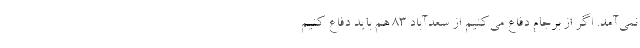
نمی‌آمد. اگر از برجام دفاع می‌کنیم از سعدآباد 83 هم باید دفاع کنیم